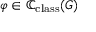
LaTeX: \varphi \in \mathbb { C } _ { \mathrm { c l a s s } } ( G )